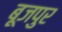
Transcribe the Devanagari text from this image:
बूजपुर